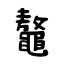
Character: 鼇